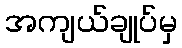
အကျယ်ချုပ်မှ